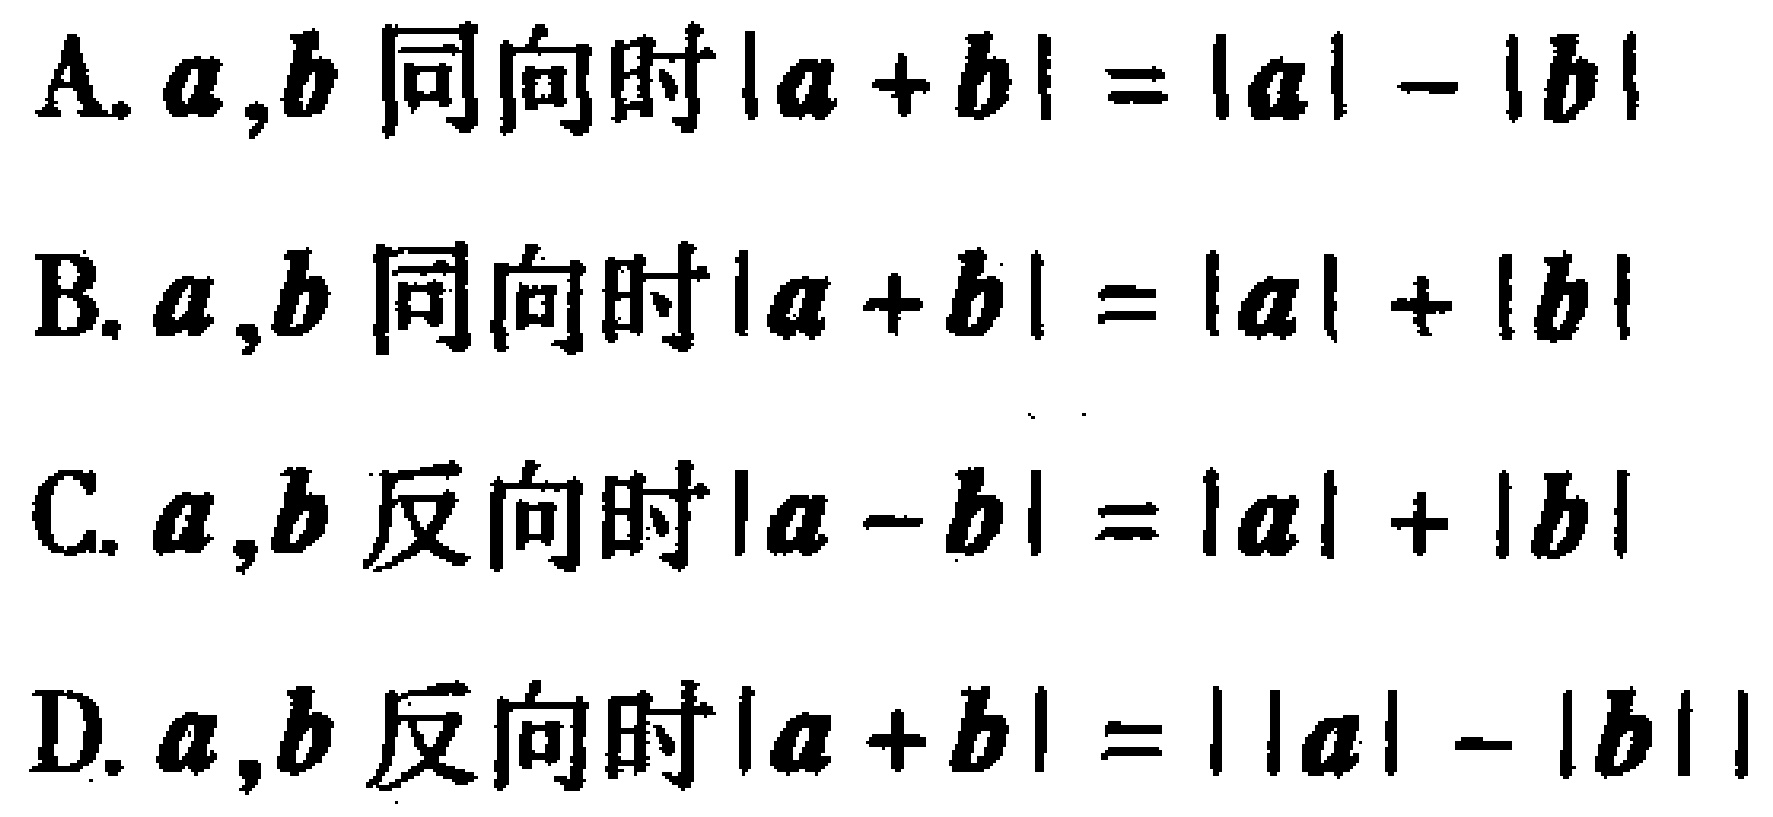
A. \(a,b\) 同向时\(\vert a + b\vert=\vert a\vert-\vert b\vert\)
B. \(a,b\) 同向时\(\vert a + b\vert=\vert a\vert+\vert b\vert\)
C. \(a,b\) 反向时\(\vert a - b\vert=\vert a\vert+\vert b\vert\)
D. \(a,b\) 反向时\(\vert a + b\vert=\vert\vert a\vert-\vert b\vert\vert\)